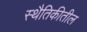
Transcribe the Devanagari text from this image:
स्थैतिकीतील